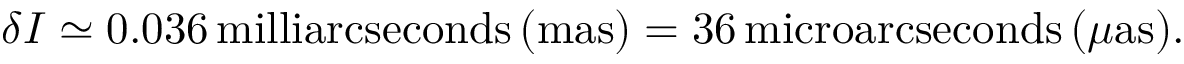
\delta I \simeq 0 . 0 3 6 \, \mathrm { m i l l i a r c s e c o n d s } \, ( \mathrm { m a s } ) = 3 6 \, \mathrm { m i c r o a r c s e c o n d s } \, ( \mu \mathrm { a s } ) .